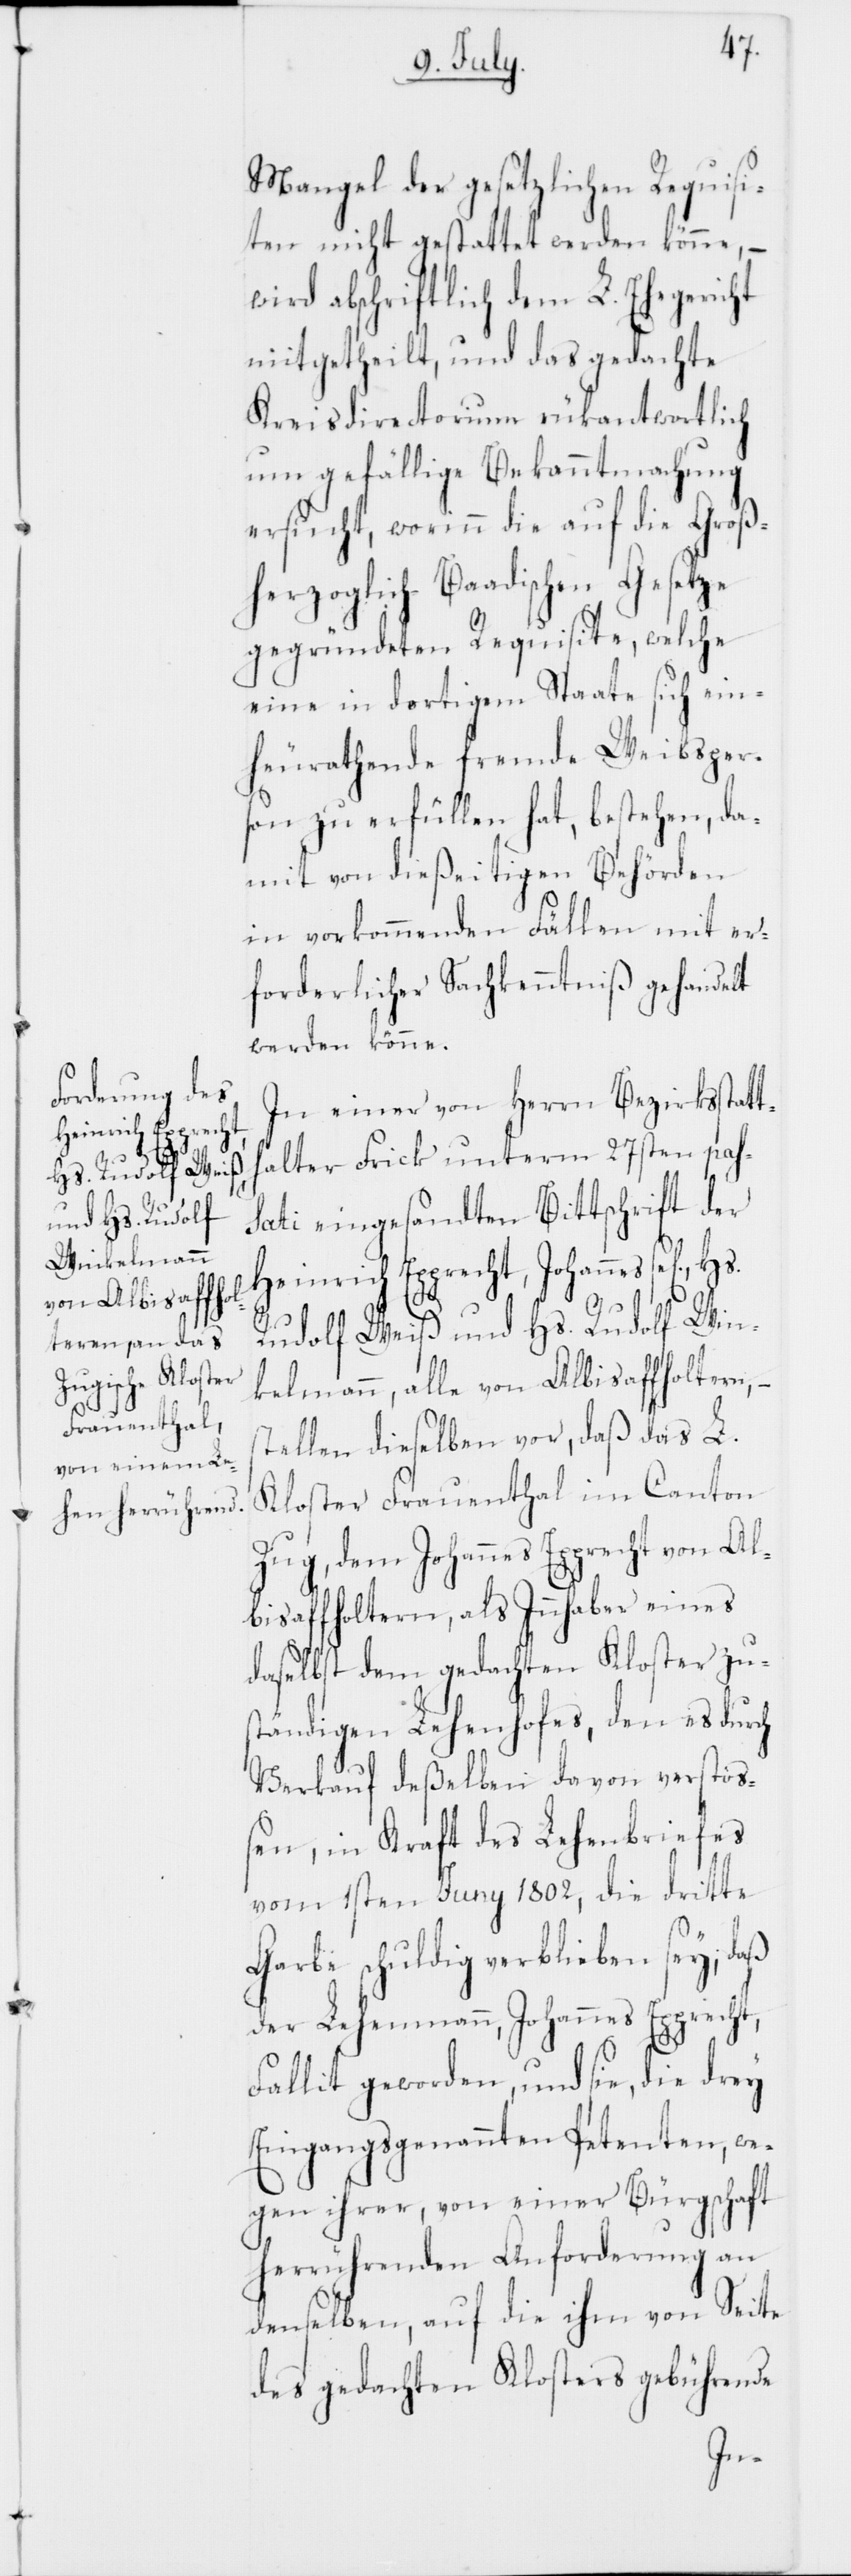
Mangel der gesetzlichen Requisi¬
ten nicht gestattet werden könne, –
wird abschriftlich dem L. Ehegericht
mitgetheilt, und das gedachte
Kreisdirectorium rükantwortlich
um gefällige Bekanntmachung
ersucht, worinn die auf die Groß¬
herzoglich-Baadischen Gesetze
gegründeten Requisite, welche
eine in dortigem Staate sich ein¬
heurathende fremde Weibsper¬
son zu erfüllen hat, bestehen, da¬
mit von dießeitigen Behörden
in vorkommenden Fällen mit er¬
forderlicher Sachkenntniß gehandelt
werden könne.
In einer von Herrn Bezirksstatt¬
halter Frick unterm 27sten pas¬
sati eingesandten Bittschrift der
Heinrich Epprecht, Johannes sel.,
Rudolf Weiß und Hs. Rudolf Win¬
kelmann, alle von Albisaffoltern,
stellen dieselben vor, daß das L.
Kloster Frauenthal im Canton
Zug, dem Johannes Epprecht von Al¬
bisaffoltern, als Innhaber eines
daselbst dem gedachten Kloster zu¬
ständigen Lehenhofes, den es durch
Verkauf deßelben davon verstoß¬
en, in Kraft des Lehenbriefes
vom 1sten Juny 1802, die dritte
Garbe schuldig verblieben sey, daß
der Lehenmann, Johannes Epprecht,
Fallit geworden, und sie, die drey
Eingangsgenannten Petenten, we¬
gen ihrer, von einer Bürgschaft
herrührenden Anforderung an
denselben, auf die ihm von Seite
des gedachten Klosters gebührende